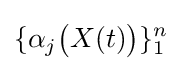
\{\alpha _{j}{\big (}X(t){\big )}\}_{1}^{n}